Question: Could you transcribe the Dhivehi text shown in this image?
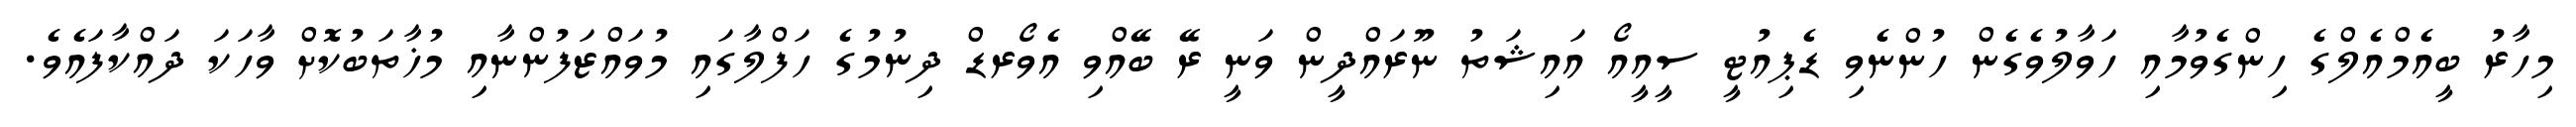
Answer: މިހާރު ބީއެމްއެލްގެ ހިންގެވުމާއި ހަވާލުވެގެން ހުންނެވި ޑެޕިއުޓީ ސީއީއޯ އައިޝަތު ނޫރައްދީން ވަނީ ރޭ ބޭއްވި އެވޯރޑް ދިނުމުގެ ހަފްލާގައި މުވައްޒަފުންނާއި މުޚާތަބުކޮށް ވާހަކަ ދައްކާފައެވެ.